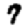
Digit: 7